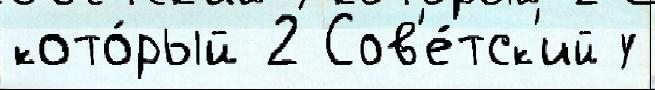
кото́рый 2 Сов'е́тск'ий у